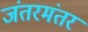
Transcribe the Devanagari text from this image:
जंतरमंतर